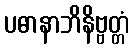
ပဓာနာဘိနိဗ္ဗတ္တံ